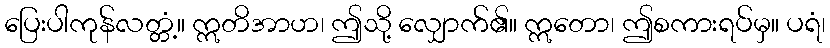
ပြေးပါကုန်လတ္တံ့။ ဣတိအာဟ၊ ဤသို့ လျှောက်၏။ ဣတော၊ ဤစကားရပ်မှ။ ပရံ၊